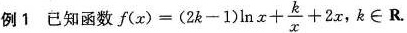
例1 已知函数$$f ( x ) = ( 2 k - 1 ) \ln x + \frac { k } { x } + 2 x$$，k\in R.